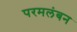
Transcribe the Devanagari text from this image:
परमलंबन